Punjab Mental Hospital Lahore 1932-46 - 1932-1946
Year: 1932
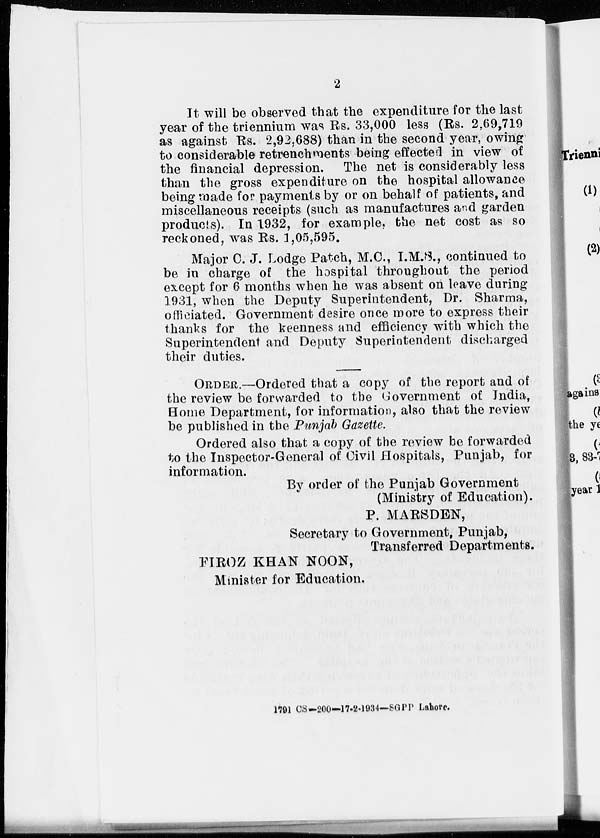
2
It will be observed that the expenditure for the last
year of the triennium was Rs. 33,000 less (Rs. 2,69,719
as against Rs. 2,92-688) than in the second year, owing
to considerable retrenchments being effected in view of
the financial depression. The net is considerably less
than the gross expenditure on the hospital allowance
being made for payments by or on behalf of patients, and
miscellaneous receipts (such as manufactures and garden
products). In 1932, for example, the net cost as so
reckoned, was Rs. 1,05,595.
Major C. J. Lodge Patch, M.C., I.M.S., continued to
be in charge of the hospital throughout the period
except for 6 months when he was absent on leave during
1931, when the Deputy Superintendent, Dr. Sharma,
officiated. Government desire once more to express their
thanks for the keenness and efficiency with which the
Superintendent and Deputy Superintendent discharged
their duties.
ORDER.—Ordered that a copy of the report and of
the review be forwarded to the Government of India,
Home Department, for information, also that the review
be published in the Punjab Gazette.
Ordered also that a copy of the review be forwarded
to the Inspector-General of Civil Hospitals, Punjab, for
information.
By order of the Punjab Government
(Ministry of Education).
P. MARSDEN,
Secretary to Government, Punjab,
Transferred Departments.
FIROZ KHAN NOON,
Minister for Education.
1791 CS-200-17-2-1934-SGPP Lahore.